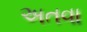
અતવા